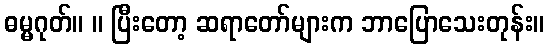
ဓမ္မဂုတ်။ ။ ပြီးတော့ ဆရာတော်များက ဘာပြောသေးတုန်း။